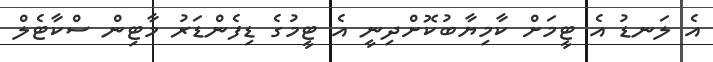
އެ ލަނޑު އެ ޓީމަށް ކާމިޔާބުކޮށްދިނީ އެ ޓީމުގެ ޑިފެންޑަރު މާޓިން ސްކާޓެލް